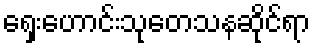
ရှေးဟောင်းသုတေသနဆိုင်ရာ